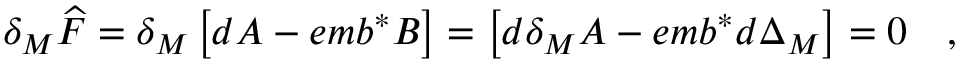
\delta _ { M } \widehat { F } = \delta _ { M } \left[ d A - e m b ^ { * } B \right] = \left[ d \delta _ { M } A - e m b ^ { * } d \Delta _ { M } \right] = 0 \quad ,